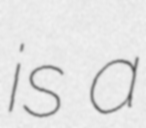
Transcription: is a